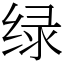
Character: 绿